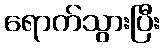
ရောက်သွားပြီး